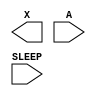
module sky130_fd_sc_lp__lsbufiso1p (
    X    ,
    A    ,
    SLEEP
);

    output X    ;
    input  A    ;
    input  SLEEP;

    // Voltage supply signals
    supply1 DESTPWR;
    supply1 VPWR   ;
    supply0 VGND   ;
    supply1 DESTVPB;
    supply1 VPB    ;
    supply0 VNB    ;

endmodule